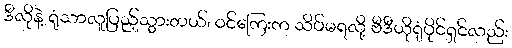
ဒီလိုနဲ့ ရုံသာလူပြည့်သွားတယ်၊ ဝင်ကြေးက သိပ်မရလို့ ဗီဒီယိုရုံပိုင်ရှင်လည်း